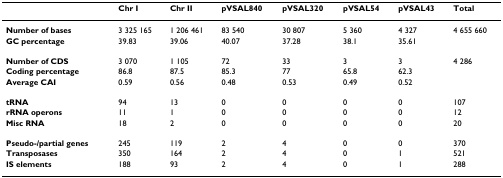
<table><thead><tr><td></td><td><b>Chr I</b></td><td><b>Chr II</b></td><td><b>pVSAL840</b></td><td><b>pVSAL320</b></td><td><b>pVSAL54</b></td><td><b>pVSAL43</b></td><td><b>Total</b></td></tr></thead><tbody><tr><td><b>Number of bases</b></td><td>3 325 165</td><td>1 206 461</td><td>83 540</td><td>30 807</td><td>5 360</td><td>4 327</td><td>4 655 660</td></tr><tr><td><b>GC percentage</b></td><td>39.83</td><td>39.06</td><td>40.07</td><td>37.28</td><td>38.1</td><td>35.61</td><td></td></tr><tr><td><b>Number of CDS</b></td><td>3 070</td><td>1 105</td><td>72</td><td>33</td><td>3</td><td>3</td><td>4 286</td></tr><tr><td><b>Coding percentage</b></td><td>86.8</td><td>87.5</td><td>85.3</td><td>77</td><td>65.8</td><td>62.3</td><td></td></tr><tr><td><b>Average CAI</b></td><td>0.59</td><td>0.56</td><td>0.48</td><td>0.53</td><td>0.49</td><td>0.52</td><td></td></tr><tr><td><b>tRNA</b></td><td>94</td><td>13</td><td>0</td><td>0</td><td>0</td><td>0</td><td>107</td></tr><tr><td><b>rRNA operons</b></td><td>11</td><td>1</td><td>0</td><td>0</td><td>0</td><td>0</td><td>12</td></tr><tr><td><b>Misc RNA</b></td><td>18</td><td>2</td><td>0</td><td>0</td><td>0</td><td>0</td><td>20</td></tr><tr><td><b>Pseudo-/partial genes</b></td><td>245</td><td>119</td><td>2</td><td>4</td><td>0</td><td>0</td><td>370</td></tr><tr><td><b>Transposases</b></td><td>350</td><td>164</td><td>2</td><td>4</td><td>0</td><td>1</td><td>521</td></tr><tr><td><b>IS elements</b></td><td>188</td><td>93</td><td>2</td><td>4</td><td>0</td><td>1</td><td>288</td></tr></tbody></table>